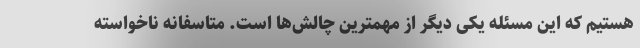
هستیم که این مسئله یکی دیگر از مهمترین چالش‌ها است. متاسفانه ناخواسته